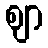
ဈာ